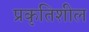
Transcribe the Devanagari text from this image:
प्रकृतिशील